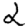
Digit: 2